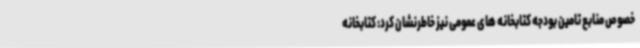
خصوص منابع تامین بودجه کتابخانه های عمومی نیز خاطرنشان کرد: کتابخانه